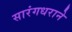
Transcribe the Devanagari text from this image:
सारंगधराने